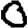
Digit: 0